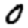
Digit: 0